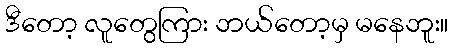
ဒီတော့ လူတွေကြား ဘယ်တော့မှ မနေဘူး။